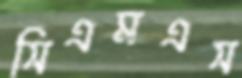
সিএমএস